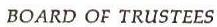
BOARD OF TRUSTEES